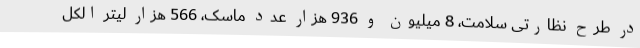
در طرح نظارتی سلامت، 8 میلیون و 936 هزار عدد ماسک، 566 هزار لیتر الکل